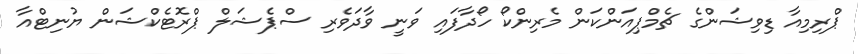
ޕްރިމިއާ ޑިވިޝަންގެ ޗެމްޕިއަންކަން މެރިންކޯ ހޯދާފައި ވަނީ ވާދަވެރި ސްޕެޝަލް ޕްރޮޓެކްޝަން ޔުނިޓްއާ